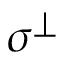
\sigma ^ { \perp }